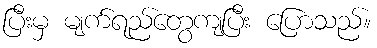
ပြီးမှ မျက်ရည်တွေကျပြီး ပြောသည်။